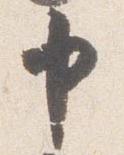
申